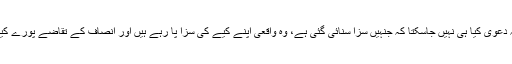
ایسے میں یہ دعویٰ کیا ہی نہیں جاسکتا کہ جنہیں سزا سنائی گئی ہے، وہ واقعی اپنے کیے کی سزا پا رہے ہیں اور انصاف کے تقاضے پورے کیے گئے ہیں۔